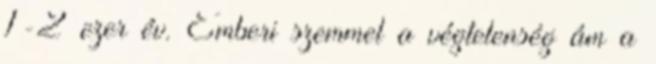
1-2 ezer év. Emberi szemmel a végtelenség ám a